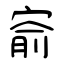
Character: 窬